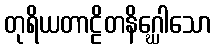
တုရိယတာဠိတနိဂ္ဃေါသော